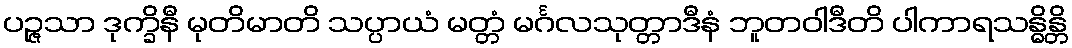
ပဉ္ဇသာ ဒုက္ခိနီ မုတိမာတိ သပ္ပာယံ မတ္တံ မင်္ဂလသုတ္တာဒီနံ ဘူတဝါဒီတိ ပါကာရသန္ဓိန္တိ